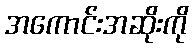
အကောင်းအဆိုးကို